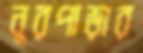
নুরপাড়ার